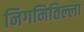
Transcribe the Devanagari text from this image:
निगमितिल्ला